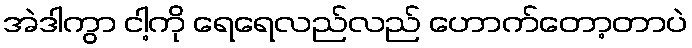
အဲဒါကွာ ငါ့ကို ရေရေလည်လည် ဟောက်တော့တာပဲ